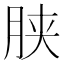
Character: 𣍰